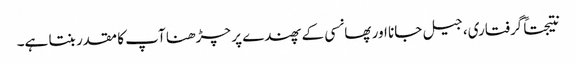
نتیجتاً گرفتاری، جیل جانا اور پھانسی کے پھندے پر چڑھنا آپ کا مقدر بنتا ہے۔